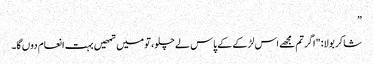
”
شاکر بولا: "اگر تم مجھے اس لڑکے کے پاس لے چلو، تو میں تمھیں بہت انعام دوں گا۔